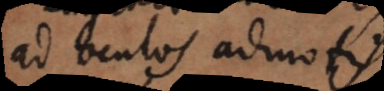
ad oculos admotis.